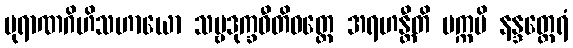
ပုရာဏဂိဟိသဟာယော သဗ္ဗဒုက္ခဝီတိဝတ္တေ အရဟန္တီတိ ပက္ကမိ နန္ဒတ္ထေရံ